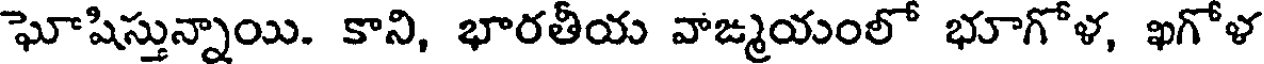
ఘోషిస్తున్నాయి. కాని, భారతీయ వాఙ్మయంలో భూగోళ, ఖగోళ